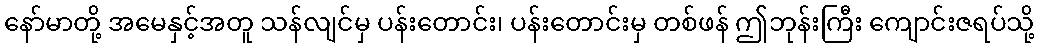
နော်မာတို့ အမေနှင့်အတူ သန်လျင်မှ ပန်းတောင်း၊ ပန်းတောင်းမှ တစ်ဖန် ဤဘုန်းကြီး ကျောင်းဇရပ်သို့